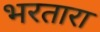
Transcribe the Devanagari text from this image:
भरतारा